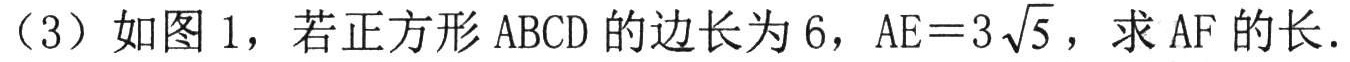
（3）如图1，若正方形ABCD的边长为6，AE = 3\(\sqrt{5}\)，求AF的长.